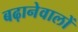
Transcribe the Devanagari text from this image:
बढ़ानेवालों